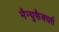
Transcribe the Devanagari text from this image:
मैन्युफैक्चर्स